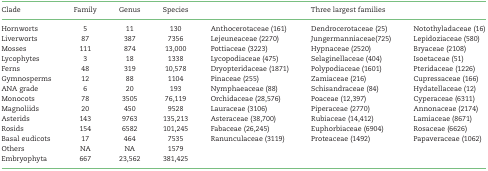
| Clade | Family | Genus | Species | <COLSPAN=3> Three largest families |
 | --- | --- | --- | --- | --- | --- | --- |
 | Hornworts | 5 | 11 | 130 | Anthocerotaceae (161) | Dendrocerotaceae (25) | Notothyladaceae (16) |
 | Liverworts | 87 | 387 | 7356 | Lejeuneaceae (2270) | Jungermanniaceae(725) | Lepidoziaceae (580) |
 | Mosses | 111 | 874 | 13,000 | Pottiaceae (3223) | Hypnaceae (2520) | Bryaceae (2108) |
 | Lycophytes | 3 | 18 | 1338 | Lycopodiaceae (475) | Selaginellaceae (404) | Isoetaceae (51) |
 | Ferns | 48 | 319 | 10,578 | Dryopteridaceae (1871) | Polypodiaceae (1601) | Pteridaceae (1226) |
 | Gymnosperms | 12 | 88 | 1104 | Pinaceae (255) | Zamiaceae (216) | Cupressaceae (166) |
 | ANA grade | 6 | 20 | 193 | Nymphaeaceae (88) | Schisandraceae (84) | Hydatellaceae (12) |
 | Monocots | 78 | 3505 | 76,119 | Orchidaceae (28,576) | Poaceae (12,397) | Cyperaceae (6311) |
 | Magnoliids | 20 | 450 | 9528 | Lauraceae (3106) | Piperaceae (2770) | Annonaceae (2174) |
 | Asterids | 143 | 9763 | 135,213 | Asteraceae (38,700) | Rubiaceae (14,412) | Lamiaceae (8671) |
 | Rosids | 154 | 6582 | 101,245 | Fabaceae (26,245) | Euphorbiaceae (6904) | Rosaceae (6626) |
 | Basal eudicots | 17 | 464 | 7535 | Ranunculaceae (3119) | Proteaceae (1492) | Papaveraceae (1062) |
 | Others | NA | NA | 1579 |  |  |  |
 | Embryophyta | 667 | 23,562 | 381,425 |  |  |  |